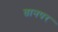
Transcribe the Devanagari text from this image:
तानपर